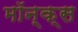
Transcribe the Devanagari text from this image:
मॉन्क्स